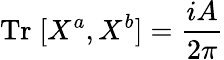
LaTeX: \mathrm{Tr}\; [X^{a},X^{b}]=\frac{iA}{2\pi}